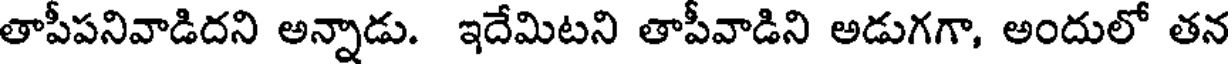
తాపీపనివాడిదని అన్నాడు. ఇదేమిటని తాపీవాడిని అడుగగా, అందులో తన